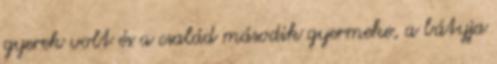
gyerek volt és a család második gyermeke, a bátyja